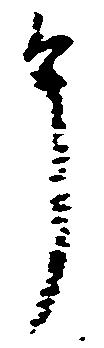
申